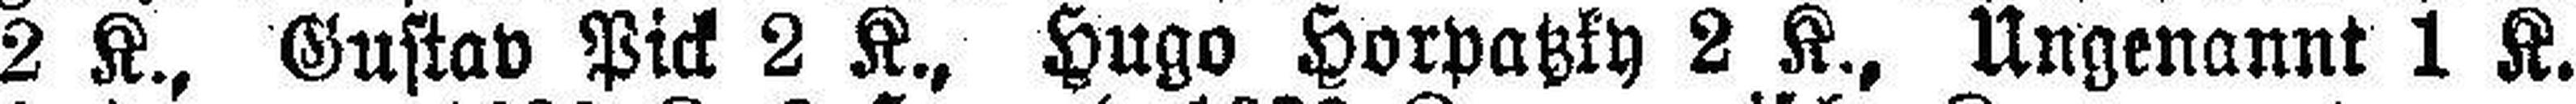
2 K., Gustav Pick 2 K., Hugo Horpatzky 2 K., Ungenannt 1 K.